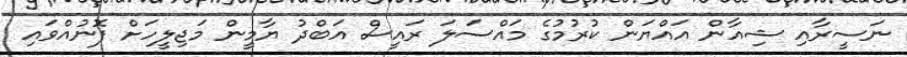
ނަސީރާއި ޝިއާން އައްޔަން ކުރުމުގެ މައްސަލަ ރައީސް އަބްދު ޔާމީން މަޖިލީހަށް ފޮނުއްވައި